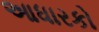
આધારકો